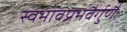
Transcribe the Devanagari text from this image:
स्वभावप्रभवैर्गुणैः